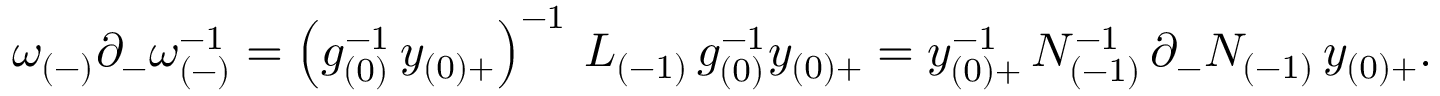
\omega _ { ( - ) } \partial _ { - } \omega _ { ( - ) } ^ { - 1 } = \left( g _ { ( 0 ) } ^ { - 1 } \, y _ { ( 0 ) + } \right) ^ { - 1 } \, L _ { ( - 1 ) } \, g _ { ( 0 ) } ^ { - 1 } y _ { ( 0 ) + } = y _ { ( 0 ) + } ^ { - 1 } \, N _ { ( - 1 ) } ^ { - 1 } \, \partial _ { - } N _ { ( - 1 ) } \, y _ { ( 0 ) + } .